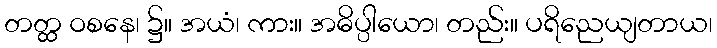
တတ္ထ ဝစနေ၊ ၌။ အယံ၊ ကား။ အဓိပ္ပါယော၊ တည်း။ ပရိညေယျတာယ၊